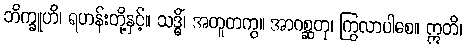
ဘိက္ခူဟိ၊ ရဟန်းတို့နှင့်။ သဒ္ဓိံ၊ အတူတကွ။ အာဂစ္ဆတု၊ ကြွလာပါစေ။ ဣတိ၊